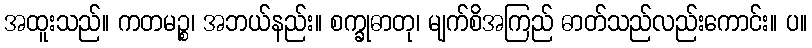
အထူးသည်။ ကတမဉ္စ၊ အဘယ်နည်း။ စက္ခုဓာတု၊ မျက်စိအကြည် ဓာတ်သည်လည်းကောင်း။ ပ။